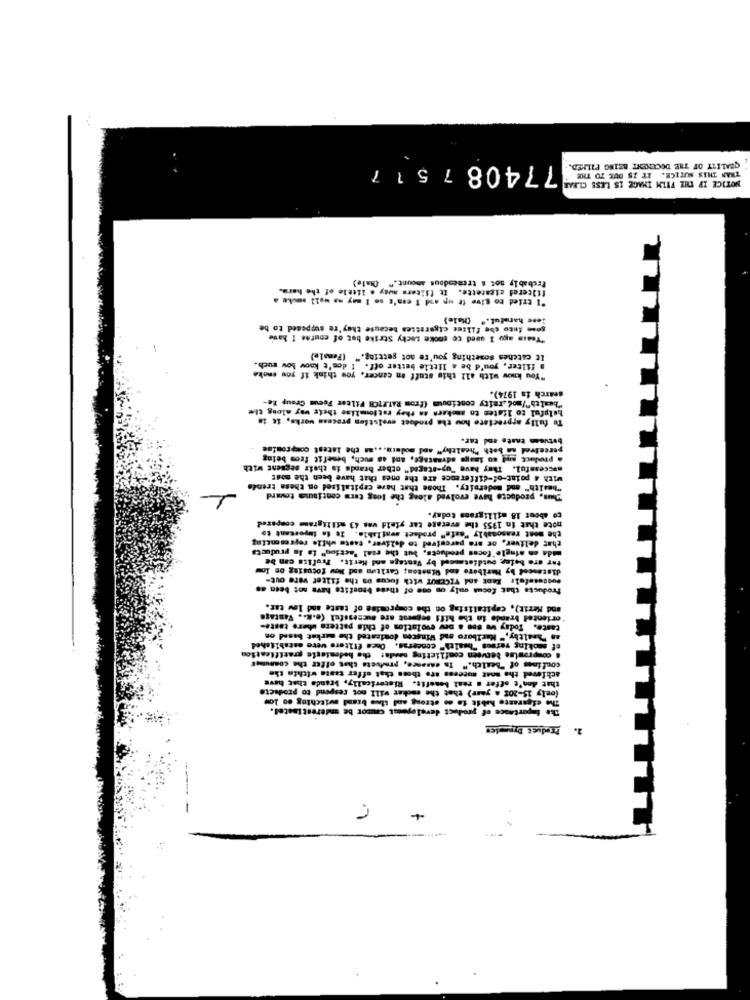
77408 7517
QUALITY OF THE DOCUMENT BEING PILMED.
THAN THIS NOTICE. IT IS DUE TO THE
NOTICE IF THE FILM IMAGE IS LESS CLEAR
Probably not a tremendous amount." (tale)
filtered cigarette. It filters ausy . little of the herm.
"I tried to give it up asd I can't so I may as well socke a
lese harmful." (Hale)
some into che filter cigarettes because they're supposed to be
"Tedis agu I used to smoke Lucky Strike but of course I have
(Female)
It catches Something you're not getting."
If. I don't know be
"You know with all this stuff en cancer. you think if Foy "
. filter, you'd be a little better off. I d
"health"/mod.raity continuum (from RATEICH Filter Focus Group Re-
search fa 1974).
helpful to listen to smokern an they ratiommlise their way along the
To fully appreciate how the product evolution process works, ic in
betusan taste and tar.
perceived as both "healthy" and modern ... as the latest compromise
a product and an image advantage, and as much, benefit from being
successful. They have "up-staged" other brands da their segsent with
With a point-of-difference are the ones that have been the most
"health" and modernity. Those that have capitalized on these trends
Thus, products have evolved along the long term continuse toward
to about 18 milligrams today.
note that in 1955 the average tar yield was 43 milligramm compared
the most reasonably "safe" product available. It is luportant to
that deliver, or are perceived to deliver, caste while representing
mida en single'focus products, but the real "action" ta la products
tar are being butdistmeed by Vantage and Merit. Trofits can be
distanced by Marlboro and Winston; Carlton and Now focusing on Inw
Suitetafelr Rent and TICEBUT with focus on the filter vere out-
Products that focus only on one of these benefits have not been a
mod Merit), capitalistag on the compromise of taste and lov tar.
oriented brande in the hifi seperat are successful (e.k .. Vantage
Caste. Today ww soe s pev evolution of this pattern chero taste-
an "healthy," Marlboro and Wingcon dontcated the merket b
of smoking varaus "health" conceras. Ones filters were established
confines of "Bealch." In essence, products that offer the commuter
& compromise lerveen conflicting sendas che hedeniesie gratification
achieved the most success are those that offer taste within the
that don't offer . real benefit. Historically, branda that heve
(only 15-201 a year) that the smoker will not respond to products
The elgaranto hable to ao strong and the brand witching co low
The importance of product developesat cauor be underestinstel.
Product Dyples
2.
-
-